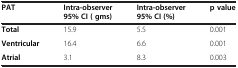
<table><thead><tr><td><b>PAT</b></td><td><b>Intra-observer 95% CI ( gms)</b></td><td><b>Intra-observer 95% CI (%)</b></td><td><b>p value</b></td></tr></thead><tbody><tr><td><b>Total</b></td><td>15.9</td><td>5.5</td><td>0.001</td></tr><tr><td><b>Ventricular</b></td><td>16.4</td><td>6.6</td><td>0.001</td></tr><tr><td><b>Atrial</b></td><td>3.1</td><td>8.3</td><td>0.003</td></tr></tbody></table>